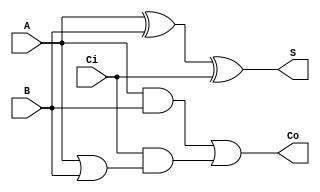
module st_fa(Co, S, A, B, Ci);

    output Co, S;

    input A, B, Ci;

    wire w1, w2, w3;


    // COLOANA 1
    xor(S, A, B, Ci);

    and(w1, A, B);

    or(w2, A, B);

    // COLOANA 2
    and(w3, Ci, w2);

    // COLOANA 3 

    or(Co, w1, w3);

endmodule 

module st_fa_tb();

reg a, b, Ci;
wire Co, S;

initial begin


$dumpfile("st_fa");
$dumpvars;

a = 0; b = 0; Ci = 0;

#5 Ci = 1;
#5 b = 1;
#5 Ci = 0;
#5 a = 1;
#5 b = 0;
#5 Ci = 1;
#5 b = 1;
#5 $finish;

end 

st_fa st_fa_1(Co, S, a, b, Ci);


endmodule